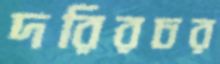
দরিরচর